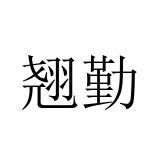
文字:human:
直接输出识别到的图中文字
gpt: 翘勤